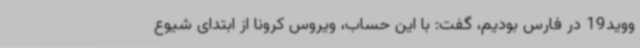
ووید19 در فارس بودیم، گفت: با این حساب، ویروس کرونا از ابتدای شیوع